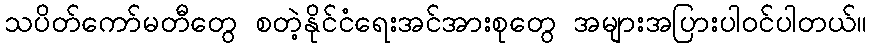
သပိတ်ကော်မတီတွေ စတဲ့နိုင်ငံရေးအင်အားစုတွေ အများအပြားပါဝင်ပါတယ်။